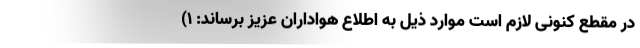
در مقطع کنونی لازم است موارد ذیل به اطلاع هواداران عزیز برساند: ۱)